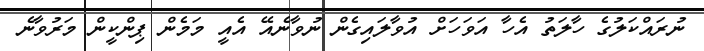
ނުރައްކަލުގެ ހާލަތު އެހާ އަވަަހަށް އުވާލައިގެން ނުވާނެއޭ އެއީ މަމެން ޕިންކީން މަރުވާނެ